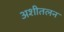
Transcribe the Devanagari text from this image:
अशीतलन